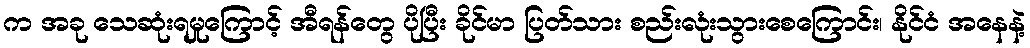
က အခု သေဆုံးရမှုကြောင့် အီရန်တွေ ပိုပြီး ခိုင်မာ ပြတ်သား စည်းလုံးသွားစေကြောင်း၊ နိုင်ငံ အနေနဲ့